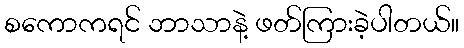
စကောကရင် ဘာသာနဲ့ ဖတ်ကြားခဲ့ပါတယ်။